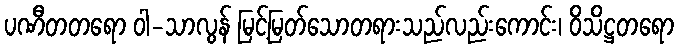
ပဏီတတရော ဝါ-သာလွန် မြင့်မြတ်သောတရားသည်လည်းကောင်း၊ ဝိသိဋ္ဌတရော